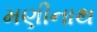
મણીનાથ